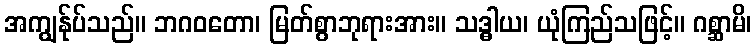
အကျွန်ုပ်သည်။ ဘဂဝတော၊ မြတ်စွာဘုရားအား။ သဒ္ဓါယ၊ ယုံကြည်သဖြင့်။ ဂစ္ဆာမိ၊